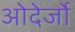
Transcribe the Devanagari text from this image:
ओदेर्जो